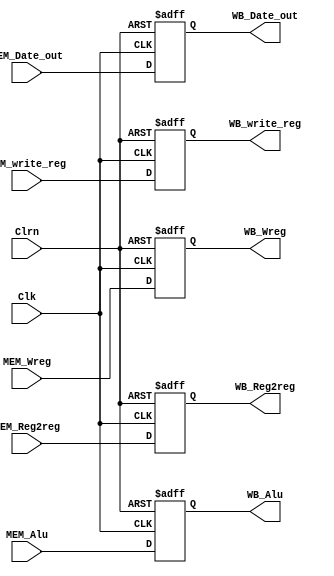
`timescale 1ns / 1ps
//////////////////////////////////////////////////////////////////////////////////
// Company: 
// Engineer: 
// 
// Design Name: 
// Module Name: PipelinedMEM_WB
// Project Name: 
// Target Devices: 
// Tool Versions: 
// Description: 
// 
// Dependencies: 
// 
// Revision:
// Revision 0.01 - File Created
// Additional Comments:
// 
//////////////////////////////////////////////////////////////////////////////////


module PipelinedMEM_WB(MEM_Wreg,MEM_Reg2reg,MEM_Date_out,MEM_Alu,MEM_write_reg,Clk,Clrn,
                             WB_Wreg,WB_Reg2reg,WB_Date_out,WB_Alu,WB_write_reg);
    input [31:0]MEM_Date_out,MEM_Alu;
    input [4:0] MEM_write_reg;
    input       MEM_Wreg,MEM_Reg2reg;
    input       Clk,Clrn;
    output [31:0]WB_Date_out,WB_Alu;
    output [4:0] WB_write_reg;
    output       WB_Wreg,WB_Reg2reg;
    reg [31:0]WB_Date_out,WB_Alu;
    reg [4:0] WB_write_reg;
    reg       WB_Wreg,WB_Reg2reg;
    always @(negedge Clrn or posedge Clk)
        if(Clrn == 0)//0
          begin
            WB_Wreg <= 0;
            WB_Reg2reg <= 0;
            WB_Date_out <= 0;
            WB_Alu <= 0;
            WB_write_reg <= 0;
          end
        else
          begin//0
            WB_Wreg <= MEM_Wreg;
            WB_Reg2reg <= MEM_Reg2reg;
            WB_Date_out <= MEM_Date_out;
            WB_Alu <= MEM_Alu;
            WB_write_reg <= MEM_write_reg;
          end
endmodule